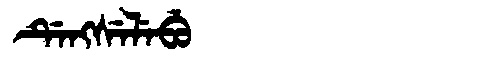
Manchu: ᡩᡝᠩᠰᡝᠯᡝᠪᡠ
Romanization: DENGSELEBU